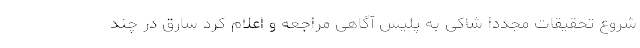
شروع تحقیقات مجددا شاکی به پلیس آگاهی مراجعه و اعلام کرد سارق در چند